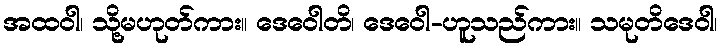
အထဝါ၊ သို့မဟုတ်ကား။ ဒေဝေါတိ၊ ဒေဝေါ-ဟူသည်ကား။ သမုတိဒေဝါ၊